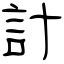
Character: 計